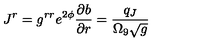
J ^ { r } = g ^ { r r } e ^ { 2 \phi } { \frac { \partial b } { \partial r } } = \frac { q _ { J } } { \Omega _ { 9 } \sqrt { g } }